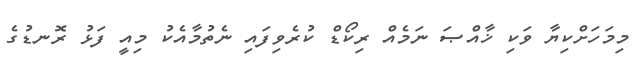
މިމަހަށްކިޔާ ވަކި ޚާއްޞަ ނަމެއް ރިކޯޑް ކުރެވިފައި ނެތުމާއެކު މިއީ ފަޅު ރޮނޑުގެ